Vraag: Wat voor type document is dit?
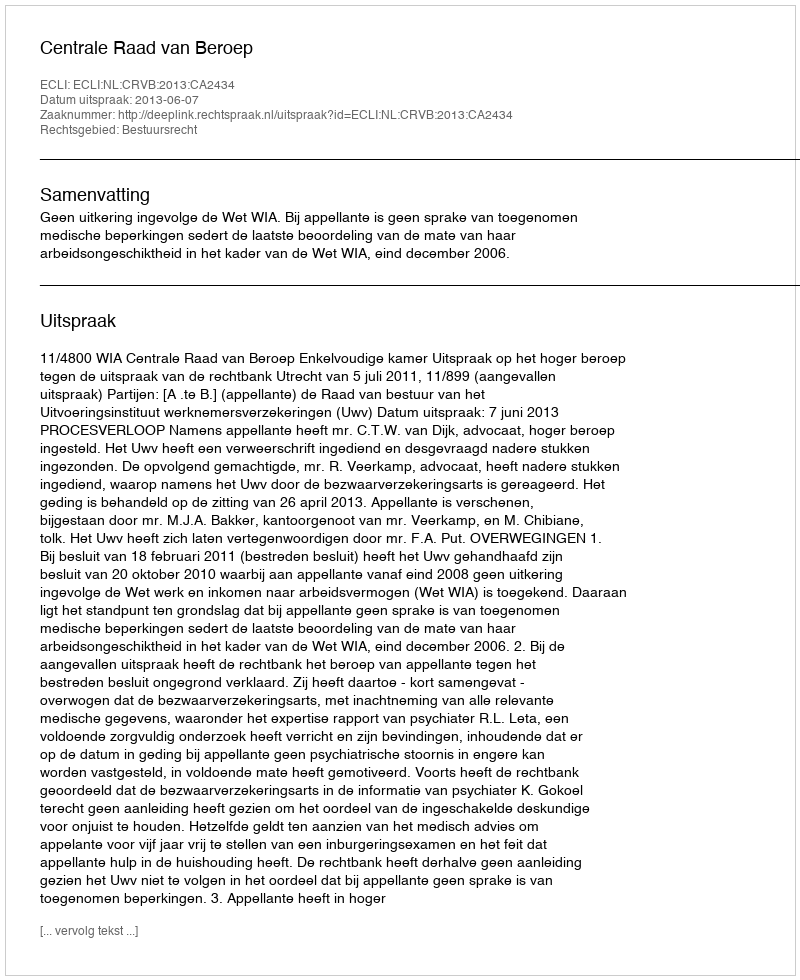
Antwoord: Uitspraak